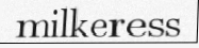
milkeress